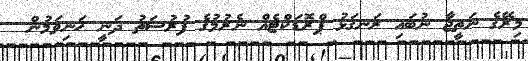
މިރޭގެ ނަތީޖާ ނުބައި ރަނގަޅު ޕްރޮޑަކްޓެއް ނެރުމުގެ ފުރުސަތު ދަނީ ހަނިވަމުން